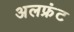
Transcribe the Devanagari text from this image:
अलफ्रंट